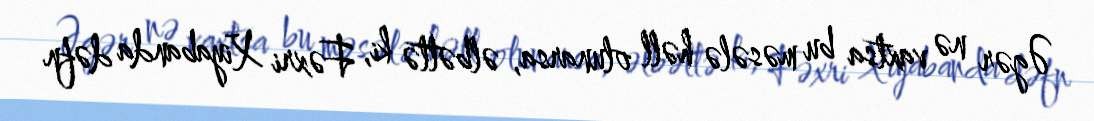
Əgər nə vaxtsa bu məsələ həll olunarsa, əlbəttə ki, Fəxri Xiyabanda dəfn